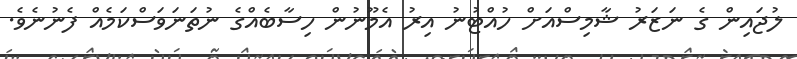
ލުޖައިން ގެ ނަޒަރު ޝާމިސްއަށް ހުއްޓުނު އިރު އެމޫނުން ހިސާބެއްގެ ނުތަނަވަސްކަމެއް ފެނުނެވެ.